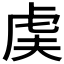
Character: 𬟨